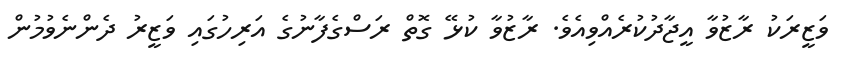
ވަޒީރަކު ރާޒުވާ އީޖާދުކުރެއްވިއެވެ. ރާޒުވާ ކުޅޭ ގޮތް ރަސްގެފާނުގެ އަރިހުގައި ވަޒީރު ދެންނެވުމުން